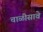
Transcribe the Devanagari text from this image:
चाळीसावे